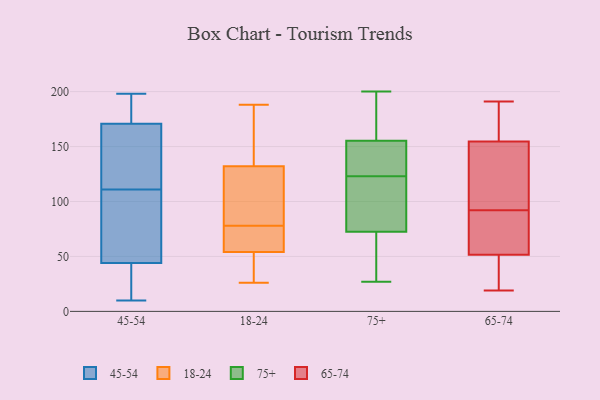
{"axis": {"x": "Tickets Resolved", "y": "Value"}, "legend": ["18-24", "45-54", "65-74", "75+"], "data": [{"x": "", "y": 158, "type": "45-54"}, {"x": "", "y": 111, "type": "45-54"}, {"x": "", "y": 43, "type": "45-54"}, {"x": "", "y": 47, "type": "45-54"}, {"x": "", "y": 119, "type": "45-54"}, {"x": "", "y": 175, "type": "45-54"}, {"x": "", "y": 76, "type": "45-54"}, {"x": "", "y": 112, "type": "45-54"}, {"x": "", "y": 182, "type": "45-54"}, {"x": "", "y": 175, "type": "45-54"}, {"x": "", "y": 198, "type": "45-54"}, {"x": "", "y": 40, "type": "45-54"}, {"x": "", "y": 10, "type": "45-54"}, {"x": "", "y": 106, "type": "45-54"}, {"x": "", "y": 17, "type": "45-54"}, {"x": "", "y": 60, "type": "18-24"}, {"x": "", "y": 37, "type": "18-24"}, {"x": "", "y": 62, "type": "18-24"}, {"x": "", "y": 159, "type": "18-24"}, {"x": "", "y": 75, "type": "18-24"}, {"x": "", "y": 113, "type": "18-24"}, {"x": "", "y": 54, "type": "18-24"}, {"x": "", "y": 48, "type": "18-24"}, {"x": "", "y": 53, "type": "18-24"}, {"x": "", "y": 81, "type": "18-24"}, {"x": "", "y": 176, "type": "18-24"}, {"x": "", "y": 188, "type": "18-24"}, {"x": "", "y": 132, "type": "18-24"}, {"x": "", "y": 56, "type": "18-24"}, {"x": "", "y": 122, "type": "18-24"}, {"x": "", "y": 128, "type": "18-24"}, {"x": "", "y": 26, "type": "18-24"}, {"x": "", "y": 158, "type": "18-24"}, {"x": "", "y": 70, "type": "75+"}, {"x": "", "y": 80, "type": "75+"}, {"x": "", "y": 58, "type": "75+"}, {"x": "", "y": 27, "type": "75+"}, {"x": "", "y": 160, "type": "75+"}, {"x": "", "y": 110, "type": "75+"}, {"x": "", "y": 123, "type": "75+"}, {"x": "", "y": 55, "type": "75+"}, {"x": "", "y": 169, "type": "75+"}, {"x": "", "y": 119, "type": "75+"}, {"x": "", "y": 200, "type": "75+"}, {"x": "", "y": 147, "type": "75+"}, {"x": "", "y": 158, "type": "75+"}, {"x": "", "y": 132, "type": "75+"}, {"x": "", "y": 131, "type": "75+"}, {"x": "", "y": 19, "type": "65-74"}, {"x": "", "y": 119, "type": "65-74"}, {"x": "", "y": 97, "type": "65-74"}, {"x": "", "y": 87, "type": "65-74"}, {"x": "", "y": 157, "type": "65-74"}, {"x": "", "y": 52, "type": "65-74"}, {"x": "", "y": 157, "type": "65-74"}, {"x": "", "y": 51, "type": "65-74"}, {"x": "", "y": 190, "type": "65-74"}, {"x": "", "y": 53, "type": "65-74"}, {"x": "", "y": 164, "type": "65-74"}, {"x": "", "y": 25, "type": "65-74"}, {"x": "", "y": 56, "type": "65-74"}, {"x": "", "y": 191, "type": "65-74"}, {"x": "", "y": 152, "type": "65-74"}, {"x": "", "y": 23, "type": "65-74"}, {"x": "", "y": 148, "type": "65-74"}, {"x": "", "y": 27, "type": "65-74"}, {"x": "", "y": 74, "type": "65-74"}, {"x": "", "y": 109, "type": "65-74"}]}